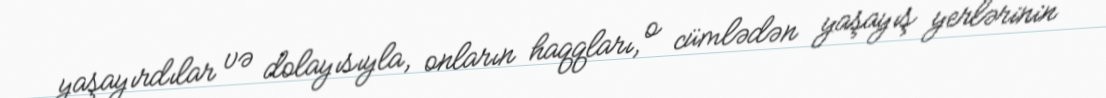
yaşayırdılar və dolayısıyla, onların haqqları, o cümlədən yaşayış yerlərinin